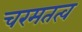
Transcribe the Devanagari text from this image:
चरमतत्व